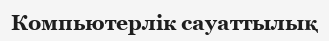
Компьютерлік сауаттылық